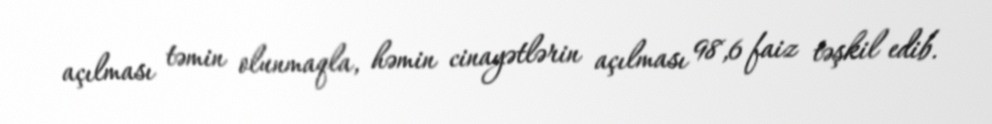
açılması təmin olunmaqla, həmin cinayətlərin açılması 98,6 faiz təşkil edib.